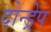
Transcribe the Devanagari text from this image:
दोन्ड्रेप